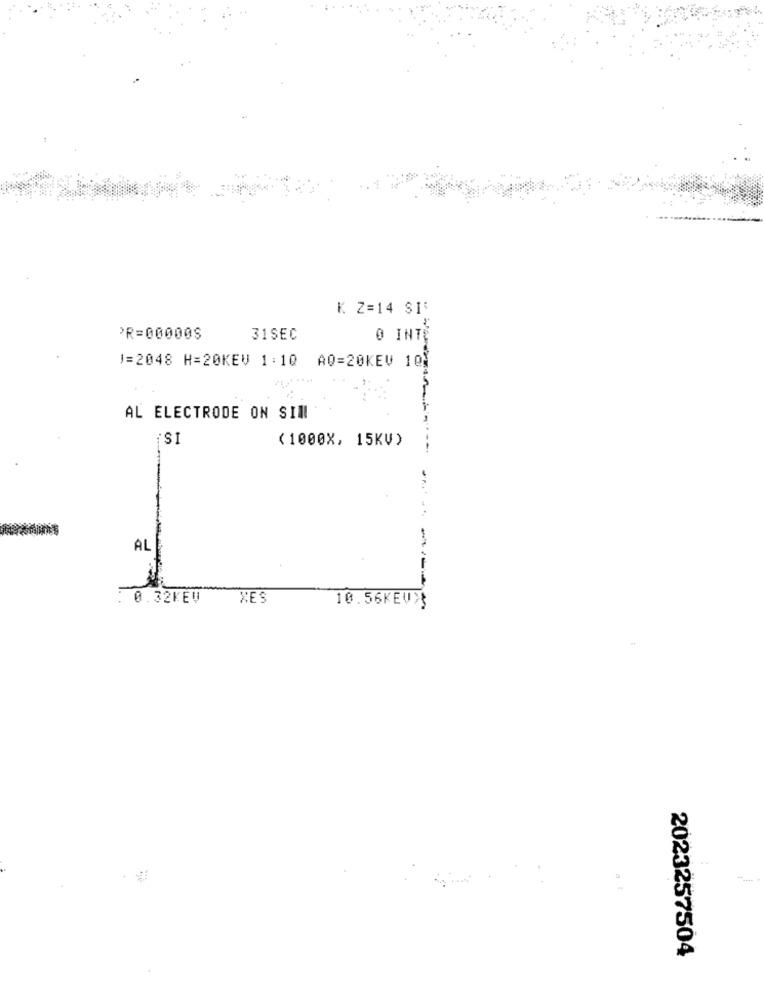
K Z=14 SIT
PR=00000S
31SEC
0 INTE
1=2048 H=20KEV 1: 10 AQ=20KEV 10}
....
AL ELECTRODE ON SIN
SI
( 1000X, 15KV)
AL
: 0.32KEV
XES
10.56KEV>
2023257504